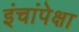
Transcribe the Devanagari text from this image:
इंचांपेक्षा